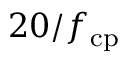
2 0 / f _ { \mathrm { c p } }